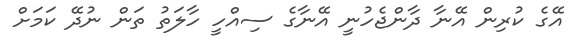
އޭގެ ކުރިން އޭނާ ދާންޖެހުނީ އޭނާގެ ސިއްހީ ހާލަތު ތަން ނުދޭ ކަމަށް